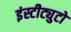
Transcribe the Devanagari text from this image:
इंस्टीट्युटो